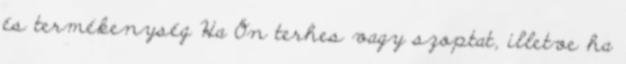
és termékenység Ha Ön terhes vagy szoptat, illetve ha